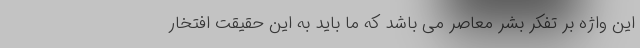
این واژه بر تفکر بشر معاصر می باشد که ما باید به این حقیقت افتخار